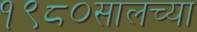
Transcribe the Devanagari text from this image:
१९८०सालच्या